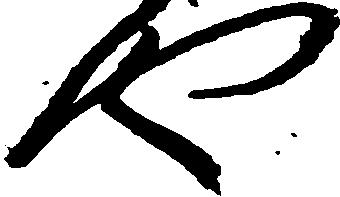
や